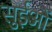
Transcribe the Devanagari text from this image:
सुईओं